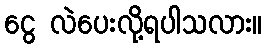
ငွေ လဲပေးလို့ရပါသလား။